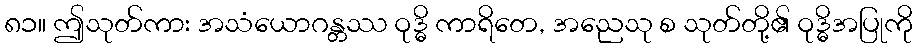
၈၁။ ဤသုတ်ကား အသံယောဂန္တဿ ဝုဒ္ဓိ ကာရိတေ, အညေသု စ သုတ်တို့၏ ဝုဒ္ဓိအပြုကို